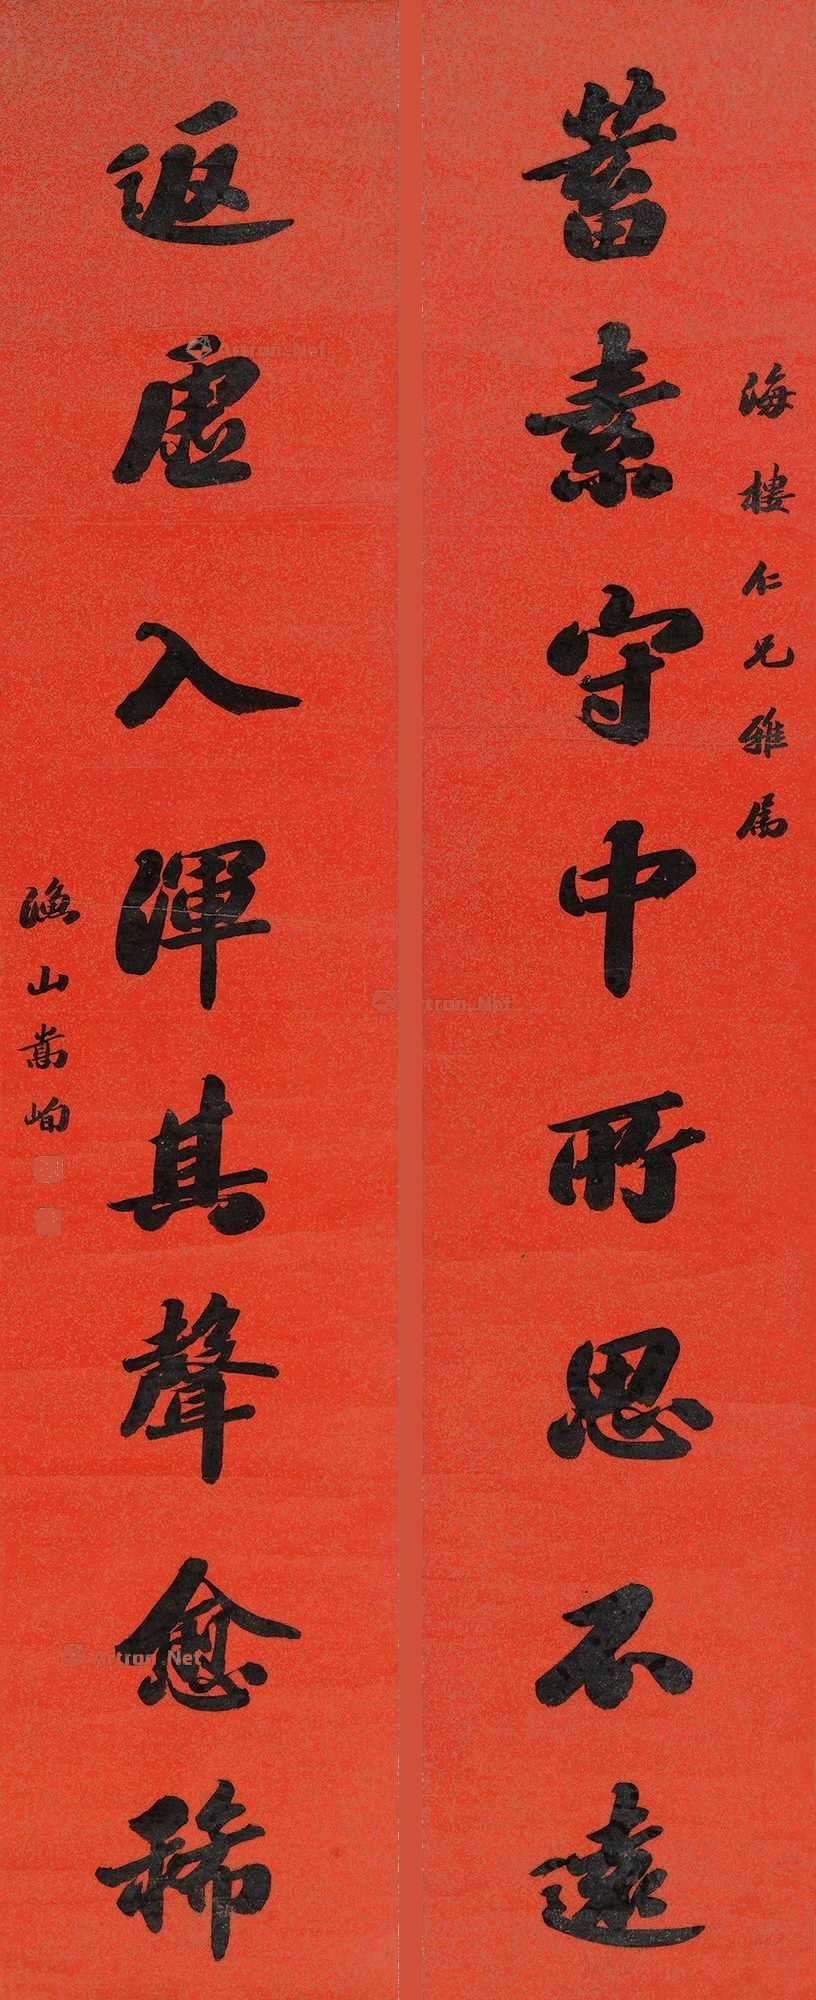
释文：蓄素守中，所思不远，返虚入浑，其声愈稀。海楼仁兄雅属，渔山嵩峋。